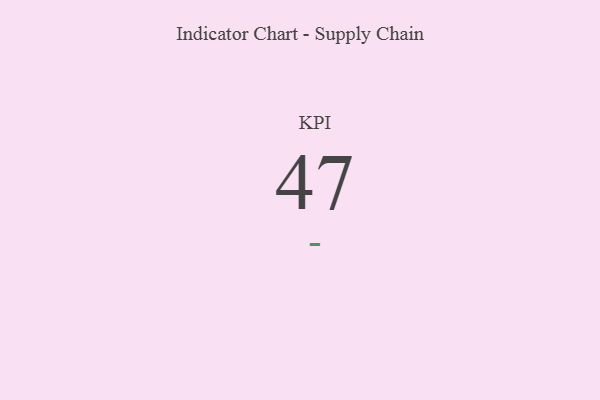
{"axis": {"x": "KPI", "y": "Value"}, "legend": [""], "data": [{"x": "KPI", "y": 47, "type": ""}]}